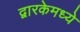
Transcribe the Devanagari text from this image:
द्वारकेमध्ये